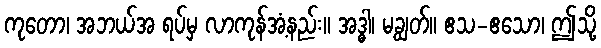
ကုတော၊ အဘယ်အ ရပ်မှ လာကုန်အံ့နည်း။ အဒ္ဓါ၊ မချွတ်။ ဧသ-ဧသော၊ ဤသို့